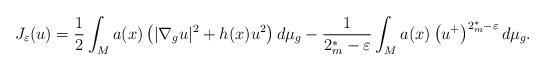
LaTeX: \begin{align*}J_{\varepsilon}(u)=\frac{1}{2}\int_{M}a(x)\left(|\nabla_{g}u|^{2}+h(x)u^{2}\right)d\mu_{g}-\frac{1}{2_{m}^{*}-\varepsilon}\int_{M}a(x)\left(u^{+}\right)^{2_{m}^{*}-\varepsilon}d\mu_{g}.\end{align*}